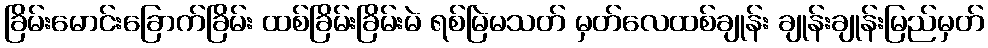
ခြိမ်းမောင်းခြောက်ခြိမ်း ထစ်ခြိမ်းခြိမ်းမဲ ရစ်မြဲမသတ် မှတ်လေထစ်ချုန်း ချုန်းချုန်းမြည်မှတ်